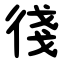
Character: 㣤